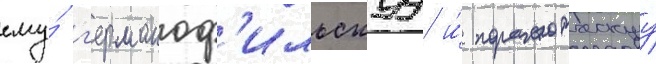
ему́ г'ерманоф'ильскуу и́ пораженческуу